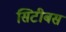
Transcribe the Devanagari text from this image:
सिटीबस